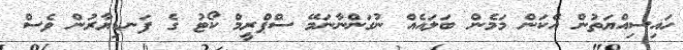
ހައިސިއްޔަތުން އެކަން މަމެން ބަލައެއް ނުގަންނާނަމޭ ސްޕްރީމް ކޯޓު ގެ ފަނޑިޔާރުން ވެސް